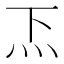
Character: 𱪥